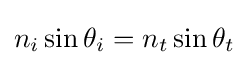
n_{i}\sin \theta _{i}=n_{t}\sin \theta _{t}